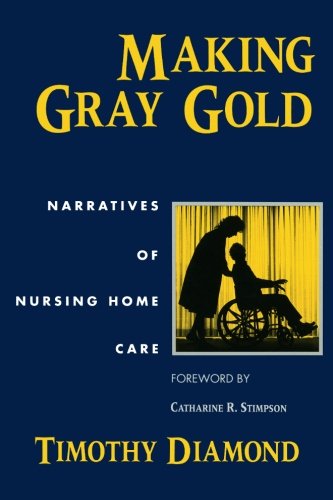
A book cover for Making Gray Gold: Narratives of Nursing Home Care (Women in Culture and Society); Timothy Diamond; Medical Books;